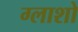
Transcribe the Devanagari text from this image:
ग्लाशो